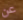
عن